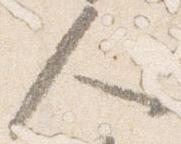
人